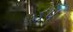
ડપ